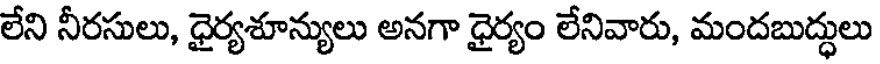
లేని నీరసులు, ధైర్యశూన్యులు అనగా ధైర్యం లేనివారు, మందబుద్ధులు